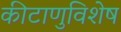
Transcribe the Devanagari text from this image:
कीटाणुविशेष